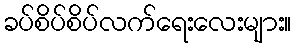
ခပ်စိပ်စိပ်လက်ရေးလေးများ။